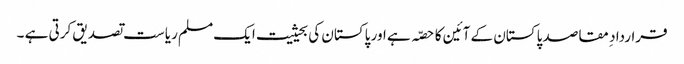
قرارداد ِ مقاصد پاکستان کے آئین کا حصّہ ہے اور پاکستان کی بحیثیت ایک مسلم ریاست تصدیق کرتی ہے ۔